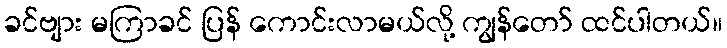
ခင်ဗျား မကြာခင် ပြန် ကောင်းလာမယ်လို့ ကျွန်တော် ထင်ပါတယ်။